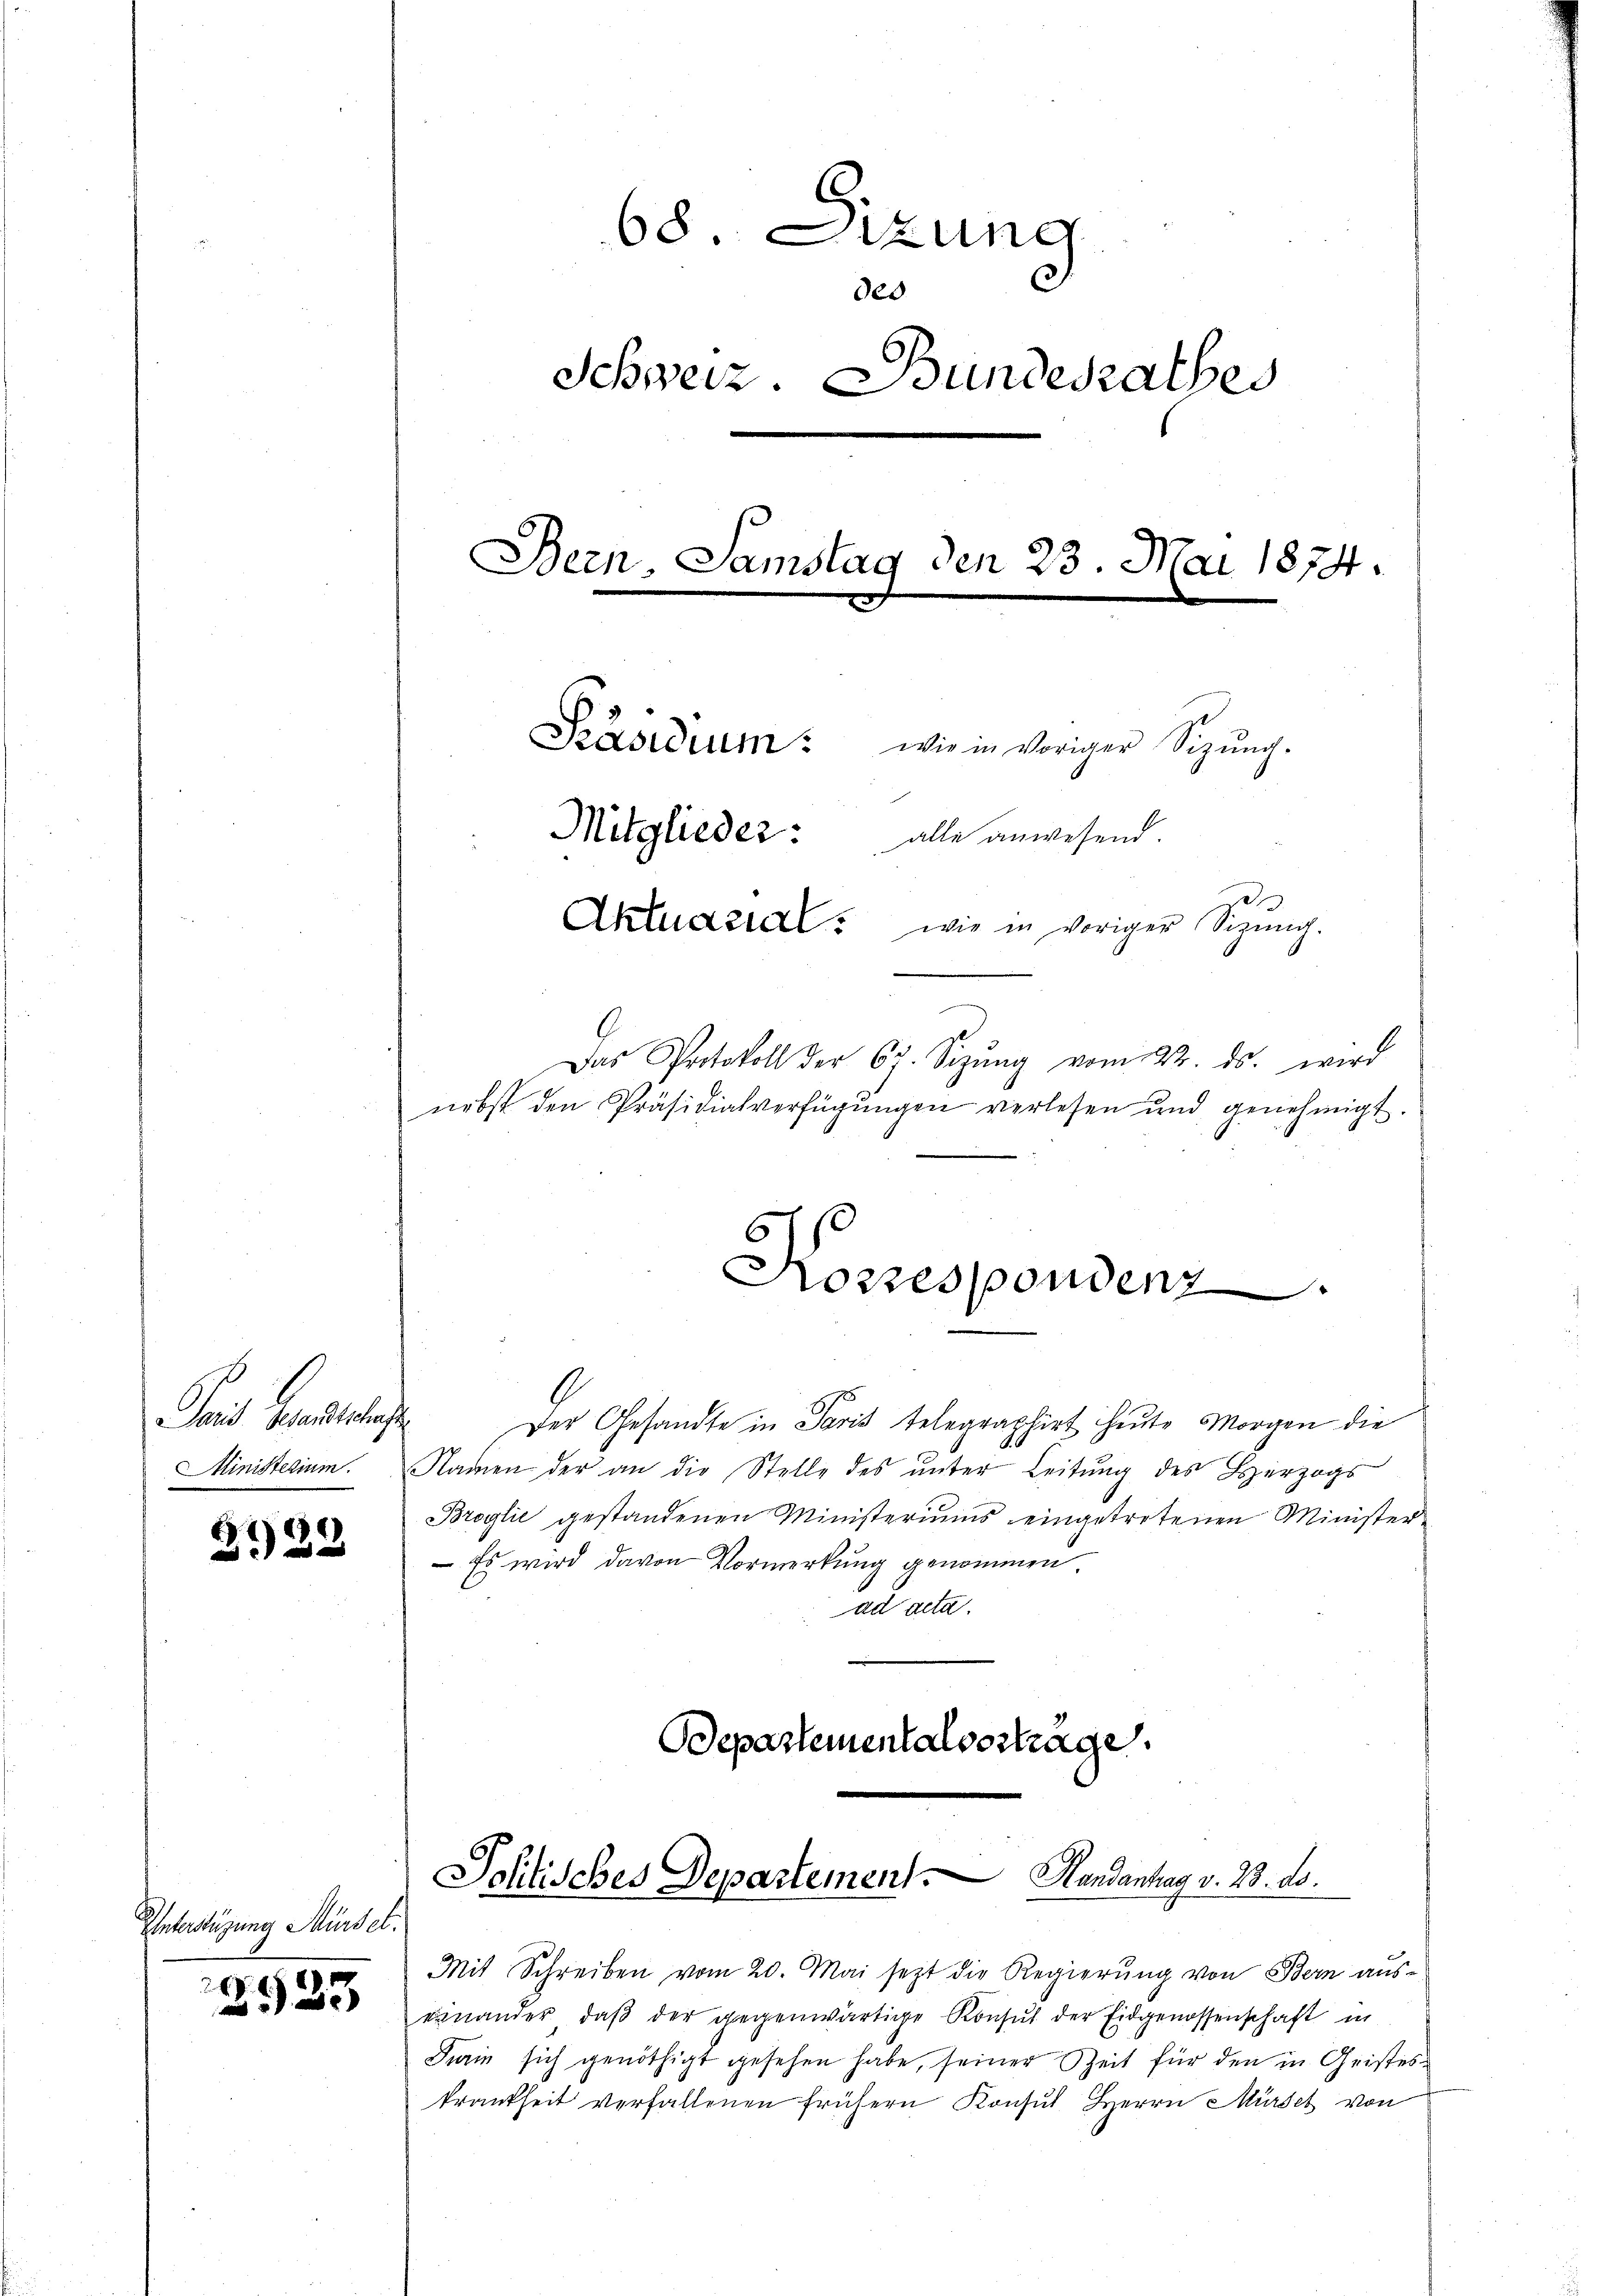
Plaid geantrage
Ministerium.

2922

Enterstüzung Mürser

e
2933

68. Sizung
des
Schweiz. Bundesrathes
Bern, Samstag den 23. Mai 1874.
Präsidium: wie in voriger Sigŭng.
Mitglieder:
alle anwesend.
Aktuari: wie in voriger Sizung.
n
Das Protokoll der 67. Sizŭng vom 22. ds. wird
nebst den Präsidialverfügŭngen verlesen und genehmigt.

Der Gesandte in Paris telegraphirt heute Morgen die
Namen der an die Stelle des ŭnter Leitŭng des Herzogs
Broglić gestandenen Ministeriums eingetretenen Minister-
 Es wird davon Vormerkung genommen
ad acta.
Ddepartementalverträge.

a

Korrespondenz

.

Johlisches Departement Handantag v. 23. ds.

Mit Schreiben vom 20. Mai setzt die Regierung von Bern auseinander, daβ der gegenwärtige Konsul der Eidgenossenschaft in
Farin sich genöthigt gesehen habe, seiner Zeit für den in Geisteskrankheit verfallenen frühern Konsul Herrn Mürsel von